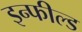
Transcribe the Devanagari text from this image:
इन्फील्ड